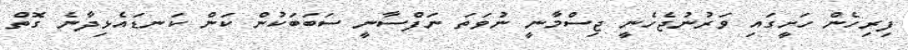
ފިރިހެން ހަށީގައި ވަރުނުޖެހެނީ ޖިސްމާނީ ނުވަތަ ނަފްސާނީ ސަބަބަކުން ކަން ކަނޑައެޅިދާނެ ގޮތް